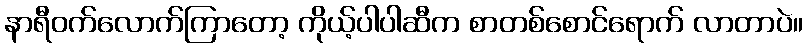
နာရီဝက်လောက်ကြာတော့ ကိုယ့်ပါပါဆီက စာတစ်စောင်ရောက် လာတာပဲ။